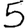
Digit: 5